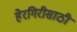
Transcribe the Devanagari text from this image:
हेरगिरीसाठी